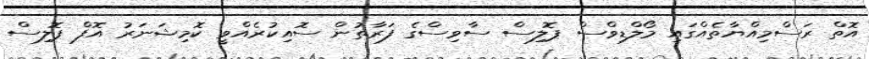
އޮތް ރަސްމިއްޔާތެއްގައި މޯލްޑިވްސް ޕޮލިސް ސާވިސްގެ ފަރާތުން ސޮއިކުރެއްވީ ކޮމިޝަނަރު އޮފް ޕޮލިސް